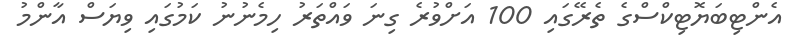
އެންޓިބަޔޮޓިކްސްގެ ތެރޭގައި 100 އަށްވުރެ ގިނަ ވައްތަރު ހިމެނުނު ކަމުގައި ވިޔަސް އާންމު